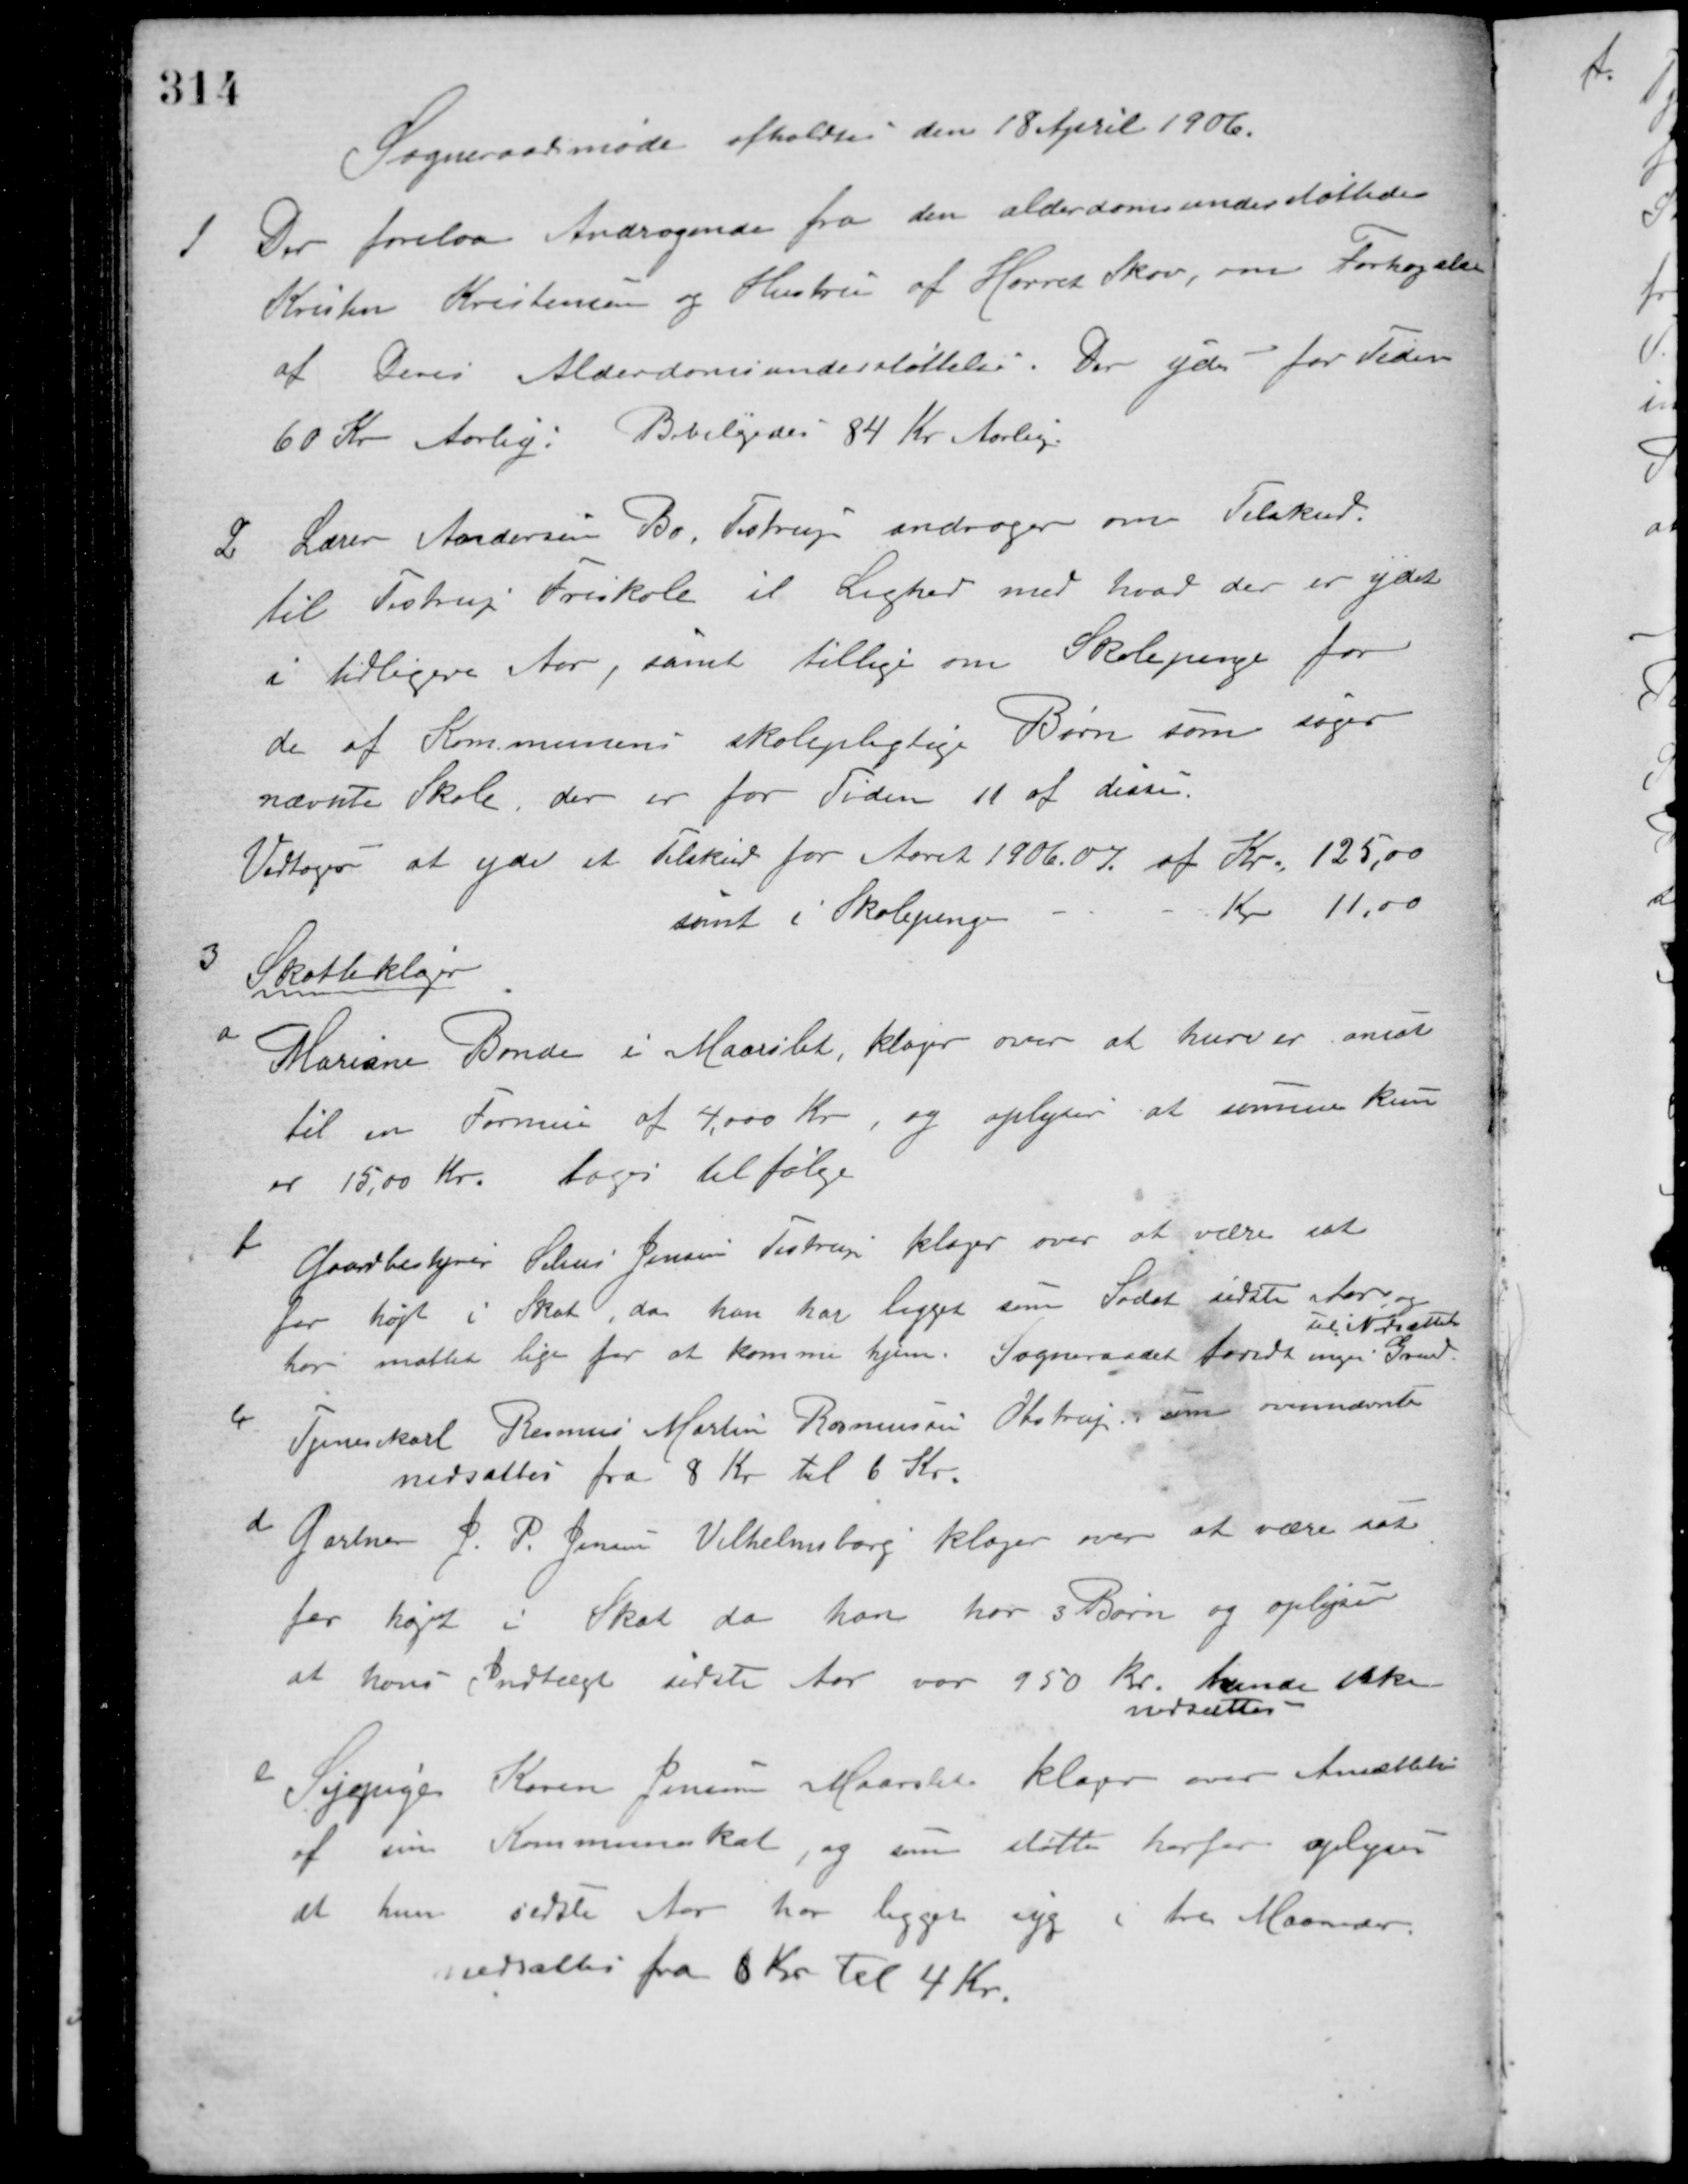
Transskription:
Sogneraadsmøde afholdtes den 18 April 1906.
1 Der forelaa Andragende fra den alderdomsunderstøttede
Kristen Kristensen og Hustru af Hørret Skov, om Forhøjelse
af Deres Alderdomsunderstøttelse. Der ydes for Tiden
60 Kr. Aarlig. Bevilgedes 84 Kr. Aarlig.
2 Lærer Andersen Bo, Testrup andrager om Tilskud
til Testrup Friskole il Lighed med hvad der er ydet
i tidligere Aar, samt tillige om Skolepenge for
de af Kommunens skolepligtige Børn som søger
nævnte Skole, der er for Tiden 11 af disse.
Vedtoges at yde et Tilskud for Aaret 1906-07 af Kr. 125,00
samt i Skolepenge - - Kr 11,00.
Skatteklager.
3
Mariane Bonde i Maarslet, klager over at hun er ansat
a
til en Formue af 4.000 Kr., og oplyser at summen kun
er 15,00 Kr. toges til følge.
Gaardbestyrer Sohus Jensens Testrup klager over at være sat
b
for højt i Skat, da han har ligget som Soldat sidste Aar, og
har måttet leje for at komme hjem. Sogneraadet fandt ingen Grund
til Nedsættelse.
Tjenesekarl Rasmus Martin Rasmussen Obstrup, som ovennævnte
c
nedsattes fra 8 Kr. til 6 Kr.
d
Gartner J. P. Jensen Vilhelmsborg klager over at være sat
for højt i Skat da han har 3 Børn og oplyser
at hans Indtægt sidste Aar var 950 kr. kunde ikke
nedsættes.
e
Sypige Karen Jensen Maarslet klager over Ansættelse
af sin Kommuneskat, og som støtte herfor oplyses
at hun sidste Aar har ligget syg i tre Maaneder.
nedsattes fra 6 Kr. til 4 Kr.